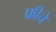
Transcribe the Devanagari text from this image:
फीचे